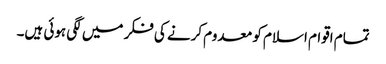
تمام اقوام اسلام کو معدوم کرنے کی فکر میں لگی ہوئی ہیں۔